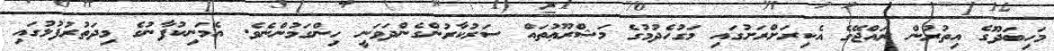
މަހިބަދޫގެ އިތުރުން ރައްޖޭގެ އެކިރަށްރަށުގައި މަގުހެދުމުގެ މަޝްރޫޢުތައް ސަރުކާރުންގެންދަވަނީ ހިންގަމުންނެވެ. އެމަނިކުފާނުގެ މިދަތުރުފުޅުގައި